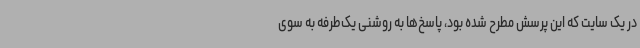
در یک سایت که این پرسش مطرح شده بود، پاسخ‌ها به روشنی یک‌طرفه به سوی